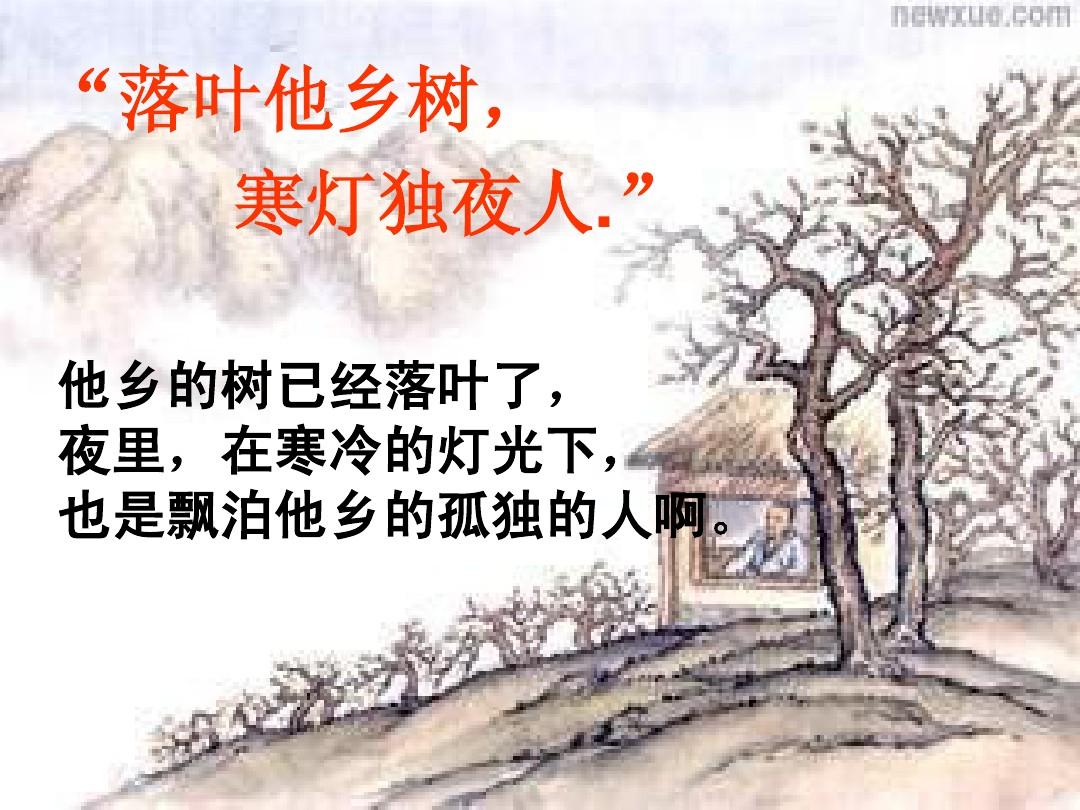
落叶他乡树，寒灯独夜人。